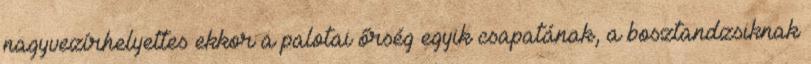
nagyvezírhelyettes ekkor a palotai őrség egyik csapatának, a bosztandzsiknak